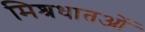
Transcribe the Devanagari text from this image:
मिश्रधातओं